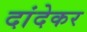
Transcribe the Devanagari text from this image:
दांदेकर